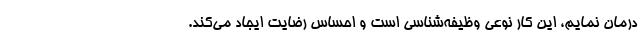
درمان نمایم، این کار نوعی وظیفه‌شناسی است و احساس رضایت ایجاد می‌کند.